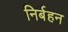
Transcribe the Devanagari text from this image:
निर्बहन